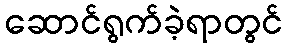
ဆောင်ရွက်ခဲ့ရာတွင်